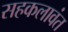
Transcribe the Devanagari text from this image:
सहकलावंत